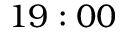
1 9 : 0 0